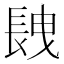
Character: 𨱽